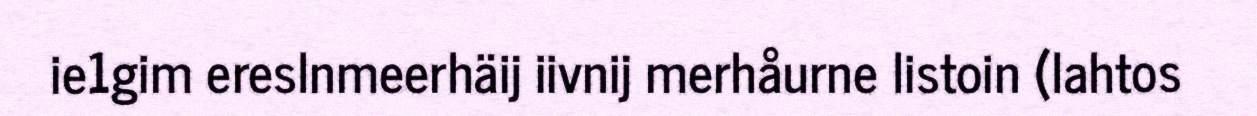
ie1gim ereslnmeerhäij iivnij merhåurne listoin (lahtos